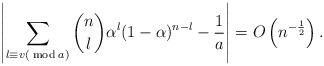
LaTeX: \begin{align*}\left\lvert \sum_{l\equiv v (\bmod a)} \binom nl \alpha^l (1-\alpha)^{n-l}- \frac 1a \right\rvert = O \left(n^{-\frac12}\right).\end{align*}